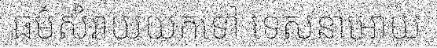
ធម៌សំរាយយកទៅ ទេសនាអោយ